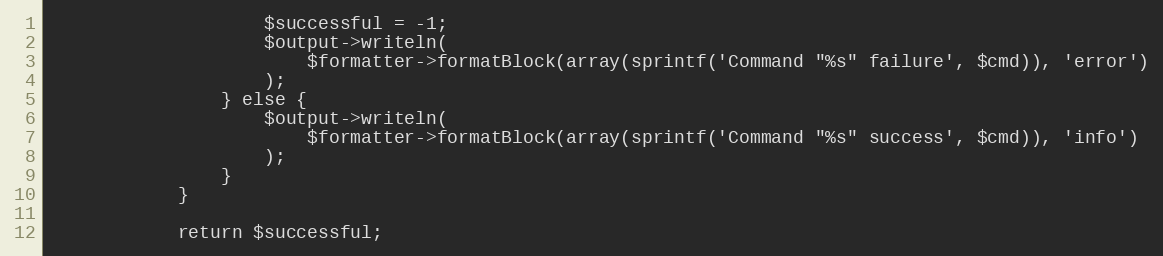
Language: PHP
                    $successful = -1;
                    $output->writeln(
                        $formatter->formatBlock(array(sprintf('Command "%s" failure', $cmd)), 'error')
                    );
                } else {
                    $output->writeln(
                        $formatter->formatBlock(array(sprintf('Command "%s" success', $cmd)), 'info')
                    );
                }
            }

            return $successful;